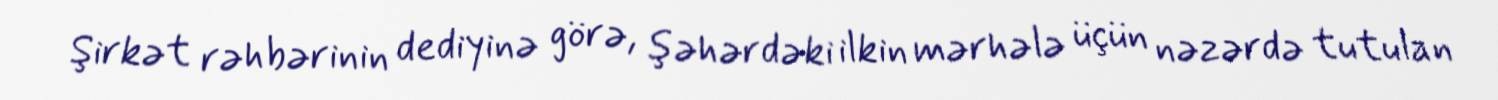
Şirkət rəhbərinin dediyinə görə, şəhərdəki ilkin mərhələ üçün nəzərdə tutulan